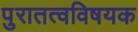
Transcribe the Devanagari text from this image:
पुरातत्वविषयक